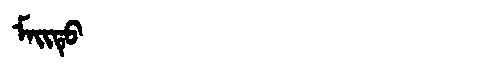
Manchu: ᠮᠠᡳᡨᡠ
Romanization: MAITU